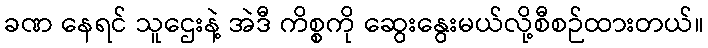
ခဏ နေရင် သူဌေးနဲ့ အဲဒီ ကိစ္စကို ဆွေးနွေးမယ်လို့စီစဉ်ထားတယ်။